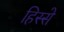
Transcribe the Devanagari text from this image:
हिस्‍स्‍ो